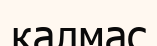
қалмас